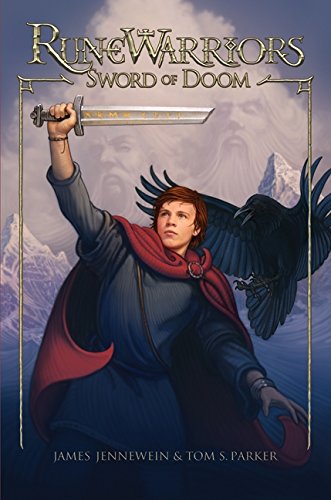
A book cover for RuneWarriors: Sword of Doom; James Jennewein; Children's Books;